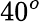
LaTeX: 40^{o}